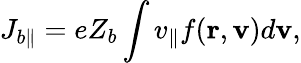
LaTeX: J_{b\| }=eZ_{b}\int v_{\| }f(\mathbf{r},\mathbf{v})d\mathbf{v},